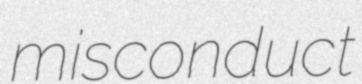
misconduct